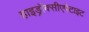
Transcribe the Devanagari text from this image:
हाइड्रॉक्सीएपेटाइट